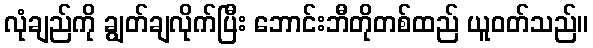
လုံချည်ကို ချွတ်ချလိုက်ပြီး ဘောင်းဘီတိုတစ်ထည် ယူဝတ်သည်။